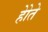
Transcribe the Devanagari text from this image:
होेते